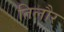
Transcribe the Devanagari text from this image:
तिलौर